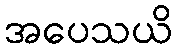
အပေသယိ